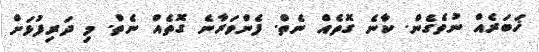
ޚަބަރެއް ނުވެގެން. ކާނެ ގޮތެއް ނެތް. ފެންވަރާނެ ގޮތެއް ނެތް. މި ދަރިފުޅަށް